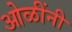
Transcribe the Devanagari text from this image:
ओळींनी